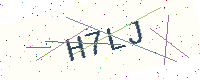
Text: H7LJ